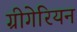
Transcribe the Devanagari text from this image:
ग्रीगेरियन